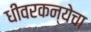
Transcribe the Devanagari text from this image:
धीवरकन्येचा